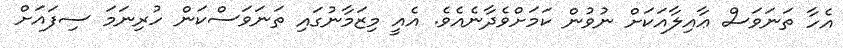
އެހާ ތަނަވަސް ޢާއިލާއަކަށް ނުވުން ކަމަށްވެދާނެއެވެ. އެއީ މިޒަމާނުގައި ތަނަވަސްކަން ހުރިނަމަ ސިފައަށް